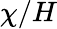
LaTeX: \chi/H